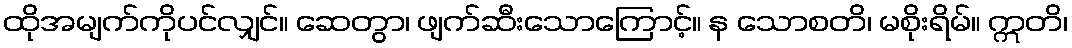
ထိုအမျက်ကိုပင်လျှင်။ ဆေတွာ၊ ဖျက်ဆီးသောကြောင့်။ န သောစတိ၊ မစိုးရိမ်။ ဣတိ၊